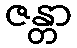
ဇန္တာ